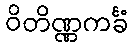
ဝိတိဏ္ဏကင်္ခံ